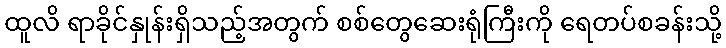
ထူလိ ရာခိုင်နှုန်းရှိသည့်အတွက် စစ်တွေဆေးရုံကြီးကို ရေတပ်စခန်းသို့